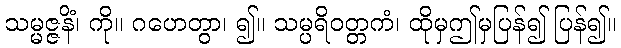
သမ္မဇ္ဇနိံ၊ ကို။ ဂဟေတွာ၊ ၍။ သမ္ပရိဝတ္တကံ၊ ထိုမှဤမှပြန်၍ ပြန်၍။